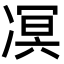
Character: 凕